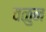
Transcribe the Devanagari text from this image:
वळुन